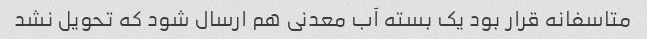
متاسفانه قرار بود یک بسته آب معدنی هم ارسال شود که تحویل نشد